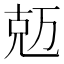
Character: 𠒐